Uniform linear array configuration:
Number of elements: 8
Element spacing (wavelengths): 0.5
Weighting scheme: hamming
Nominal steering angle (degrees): -30
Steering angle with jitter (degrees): -28.864
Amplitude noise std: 0.05
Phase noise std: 0.05

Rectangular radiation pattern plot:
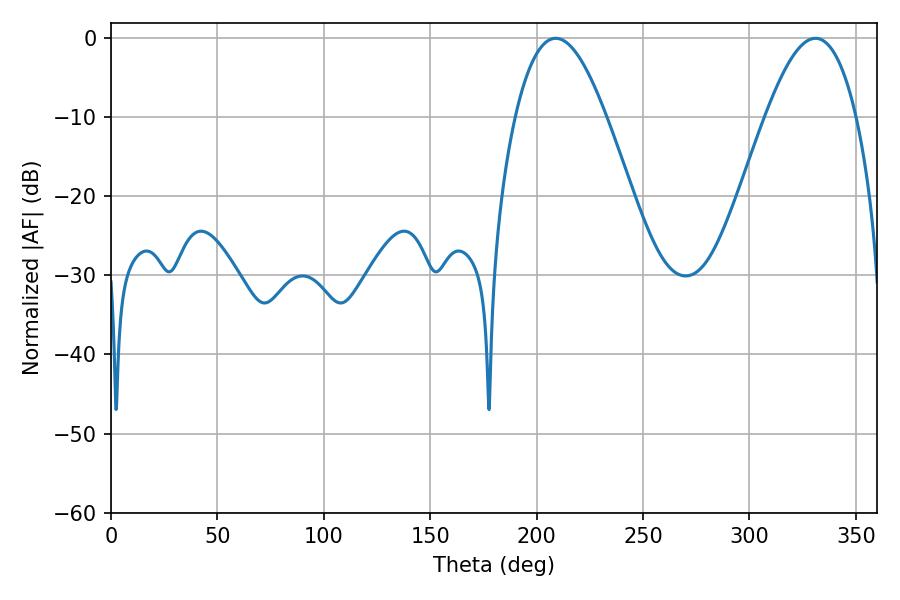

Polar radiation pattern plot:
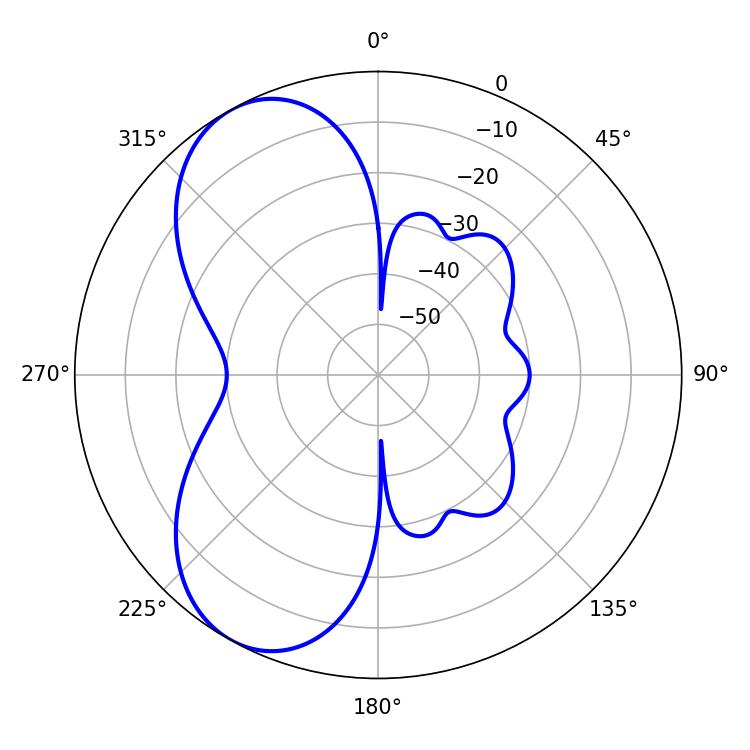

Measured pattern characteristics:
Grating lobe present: FALSE
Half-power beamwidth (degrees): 23.22
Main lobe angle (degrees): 208.98